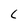
Character: C